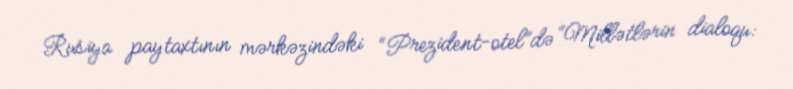
Rusiya paytaxtının mərkəzindəki “Prezident-otel”də “Millətlərin dialoqu: